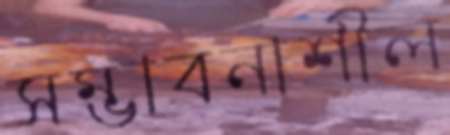
সম্ভাবনাশীল